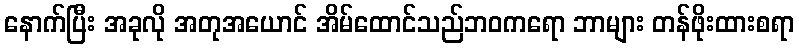
နောက်ပြီး အခုလို အတုအယောင် အိမ်ထောင်သည်ဘဝကရော ဘာများ တန်ဖိုးထားစရာ